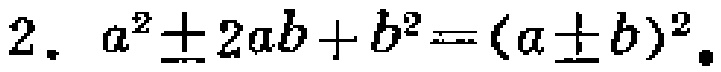
2. \(a^{2}\pm 2ab + b^{2}=(a\pm b)^{2}\)